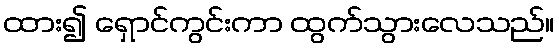
ထား၍ ရှောင်ကွင်းကာ ထွက်သွားလေသည်။